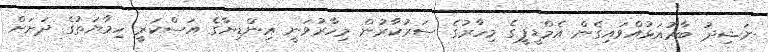
ނަޝިދު ބާރުއަޅުއްވައިގެން އެމްޑީޕީގެ މިހާރުގެ ސަރުކާރުން މިހާރުވަނީ އިންޑިޔާގެ އަސްކަރީ ހިމާޔަތުގެ ދަށަށް